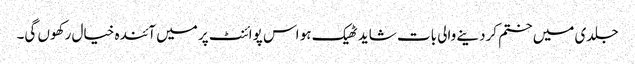
جلدی میں ختم کردینے والی بات شاید ٹھیک ہو اس پوائنٹ پر میں آئندہ خیال رکھوں گی۔